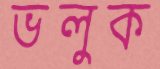
ভলুক